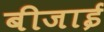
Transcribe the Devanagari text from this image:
बीजाई